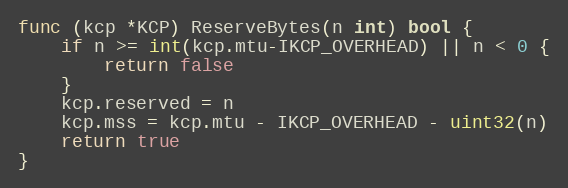
Language: Go
func (kcp *KCP) ReserveBytes(n int) bool {
	if n >= int(kcp.mtu-IKCP_OVERHEAD) || n < 0 {
		return false
	}
	kcp.reserved = n
	kcp.mss = kcp.mtu - IKCP_OVERHEAD - uint32(n)
	return true
}